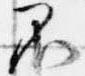
不